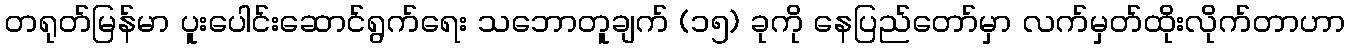
တရုတ်မြန်မာ ပူးပေါင်းဆောင်ရွက်ရေး သဘောတူချက် (၁၅) ခုကို နေပြည်တော်မှာ လက်မှတ်ထိုးလိုက်တာဟာ